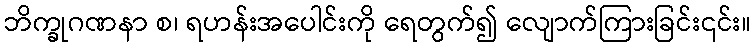
ဘိက္ခုဂဏနာ စ၊ ရဟန်းအပေါင်းကို ရေတွက်၍ လျောက်ကြားခြင်း၎င်း။